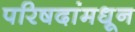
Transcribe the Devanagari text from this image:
परिषदांमधून